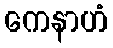
ကေနာဟံ